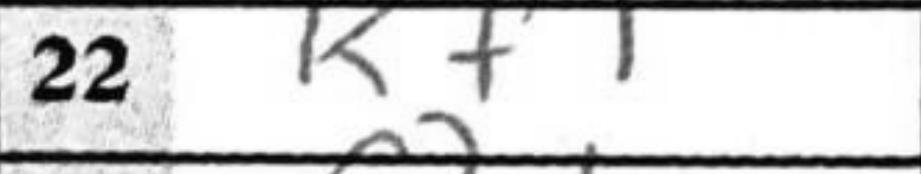
Transcription: Kf1